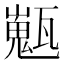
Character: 𤮞